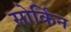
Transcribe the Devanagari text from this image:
सोर्किन